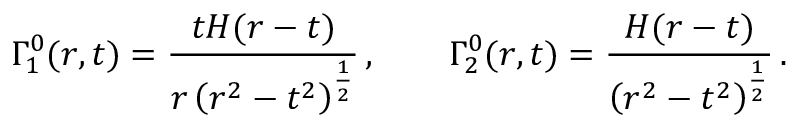
\Gamma _ { 1 } ^ { 0 } ( r , t ) = \frac { t H ( r - t ) } { r \left( r ^ { 2 } - t ^ { 2 } \right) ^ { \frac { 1 } { 2 } } } \, , \qquad \Gamma _ { 2 } ^ { 0 } ( r , t ) = \frac { H ( r - t ) } { \left( r ^ { 2 } - t ^ { 2 } \right) ^ { \frac { 1 } { 2 } } } \, .